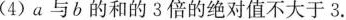
(4)a与b的和的3倍的绝对值不大于3.